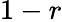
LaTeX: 1-r